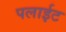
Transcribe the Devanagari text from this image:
पलाईट